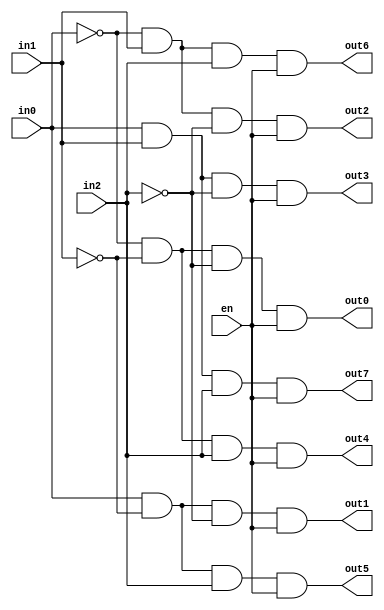
module decoder3_8(in0, in1, in2, en, out0, out1, out2, out3, out4, out5, out6, out7);

input in0, in1, in2, en;
output out0, out1, out2, out3, out4, out5, out6, out7;

assign out0 = ~in0 & ~in1 & ~in2 & en;
assign out1 = in0 & ~in1 & ~in2 & en;
assign out2 = ~in0 & in1 & ~in2 & en;
assign out3 = in0 & in1 & ~in2 & en;
assign out4 = ~in0 & ~in1 & in2 & en;
assign out5 = in0 & ~in1 & in2 & en;
assign out6 = ~in0 & in1 & in2 & en;
assign out7 = in0 & in1 & in2 & en;

endmodule